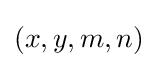
(x,y,m,n)